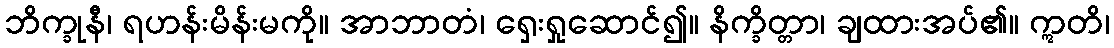
ဘိက္ခုနီ၊ ရဟန်းမိန်းမကို။ အာဘာတံ၊ ရှေးရှုဆောင်၍။ နိက္ခိတ္တာ၊ ချထားအပ်၏။ ဣတိ၊